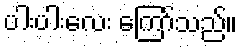
ပါးပါးလေး ကြော်သည်။